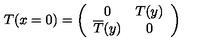
T ( x = 0 ) = \left( \begin{array} { c c } { 0 } & { T ( y ) } \\ { \overline { { T } } ( y ) } & { 0 } \\ \end{array} \right)